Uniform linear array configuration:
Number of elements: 12
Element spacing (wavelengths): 1
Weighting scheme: hamming
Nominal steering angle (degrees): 0
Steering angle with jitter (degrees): -0.1357
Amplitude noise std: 0.05
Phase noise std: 0.05

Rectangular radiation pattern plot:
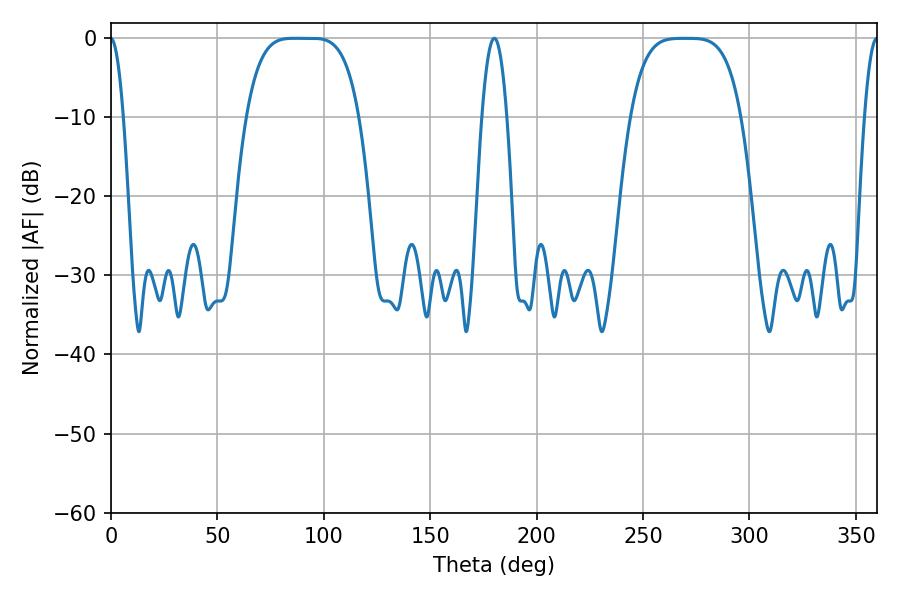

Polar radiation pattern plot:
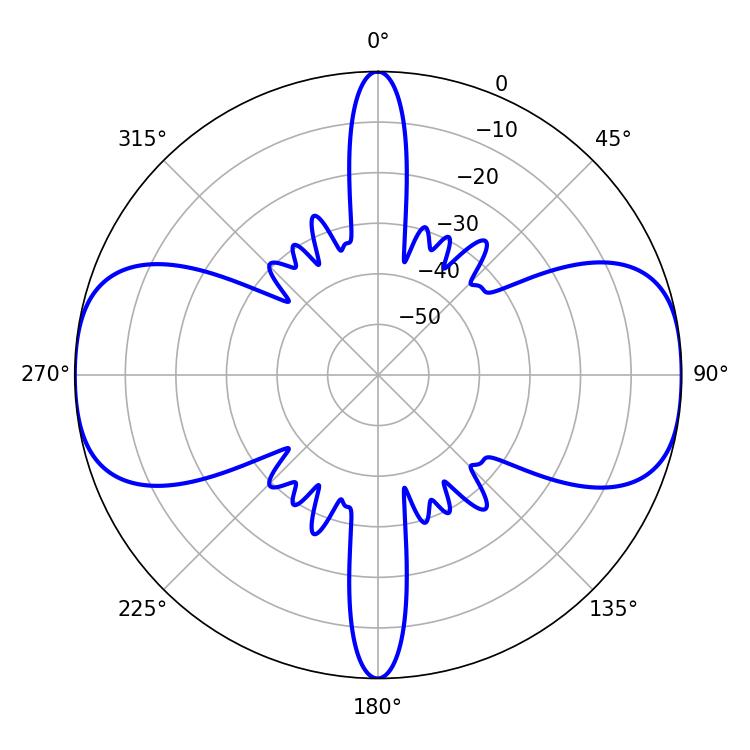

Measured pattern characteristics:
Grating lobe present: TRUE
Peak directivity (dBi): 19.051
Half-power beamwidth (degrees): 39.6
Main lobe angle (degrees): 86.4